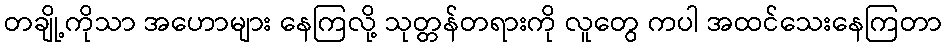
တချို့ကိုသာ အဟောများ နေကြလို့ သုတ္တန်တရားကို လူတွေ ကပါ အထင်သေးနေကြတာ